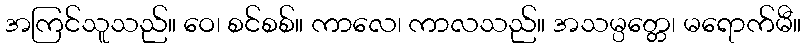
အကြင်သူသည်။ ဝေ၊ စင်စစ်။ ကာလေ၊ ကာလသည်။ အသမ္ပတ္တေ၊ မရောက်မီ။